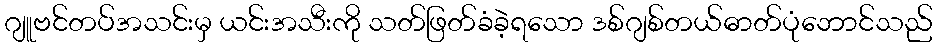
ဂျူဗင်တပ်အသင်းမှ ယင်းအသီးကို သတ်ဖြတ်ခံခဲ့ရသော ဒစ်ဂျစ်တယ်ဓာတ်ပုံဘောင်သည်